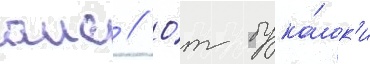
аис // О́т бука́шк'и